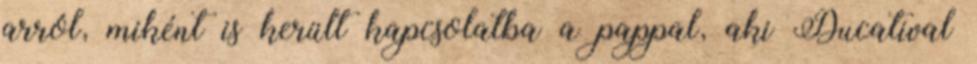
arról, miként is került kapcsolatba a pappal, aki Ducatival